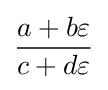
{\frac {a+b\varepsilon }{c+d\varepsilon }}